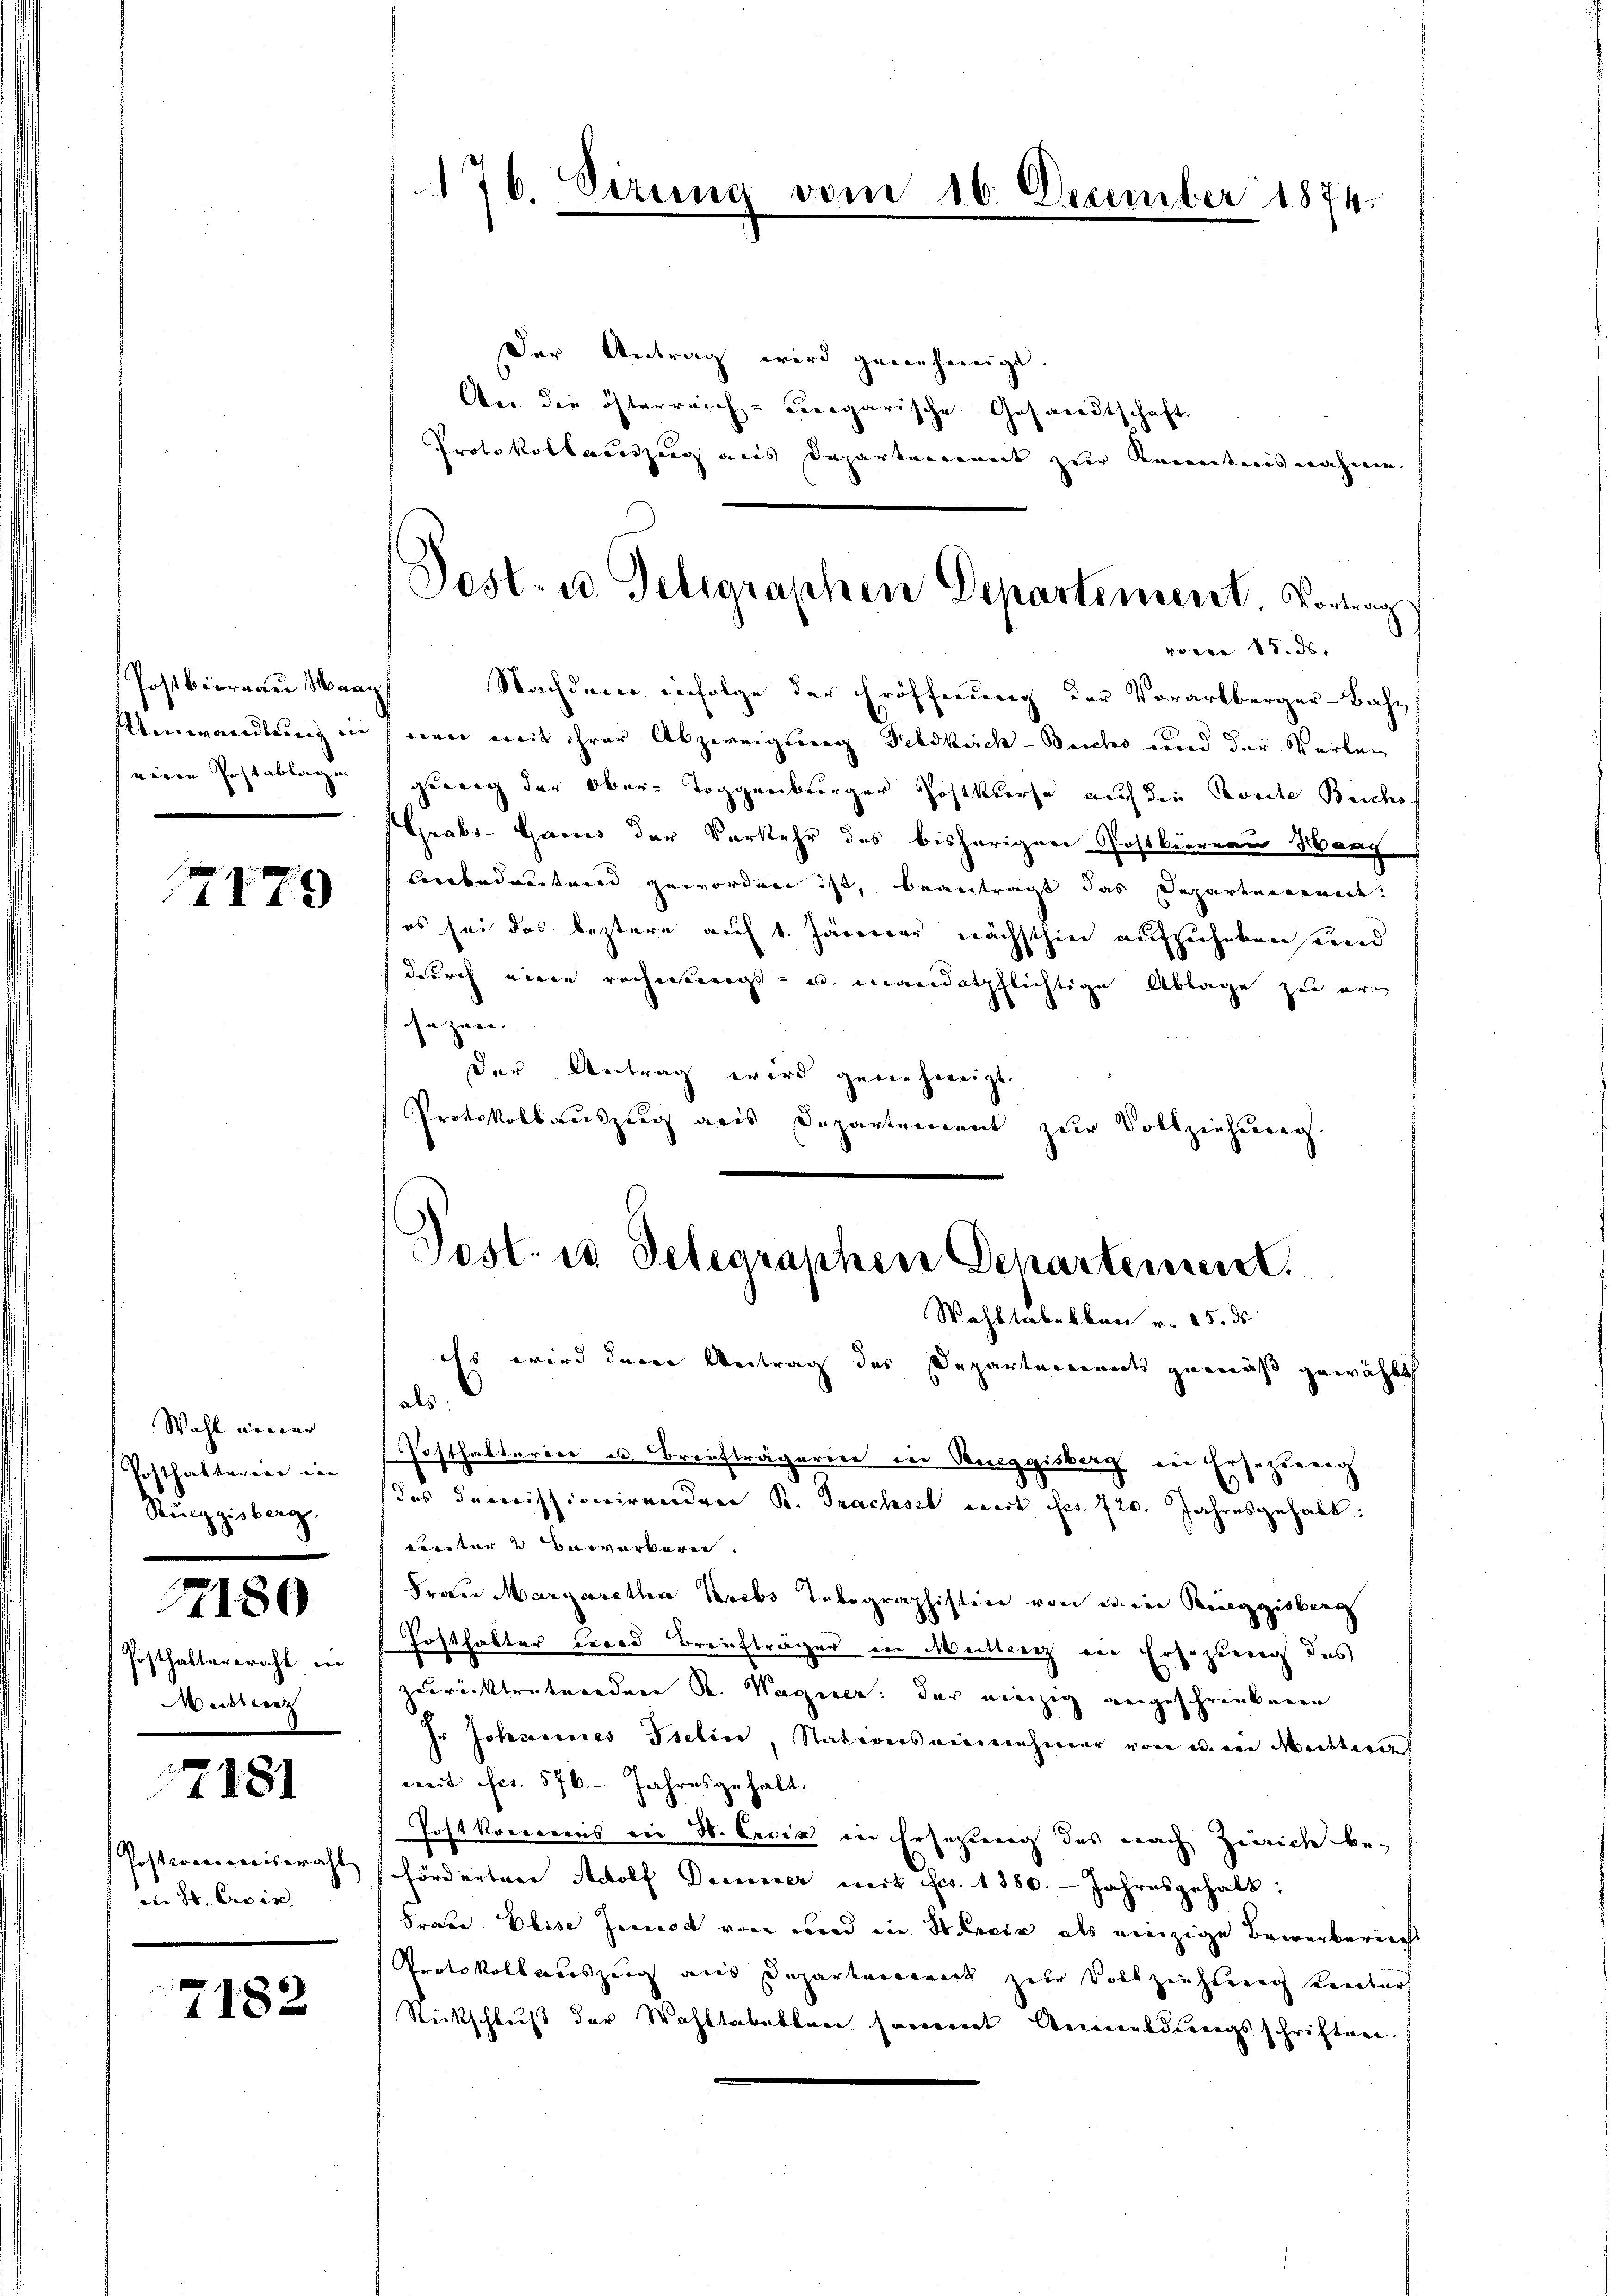
Postbüreau Maag
Umwandlung in
weren Postablagen

179

Wahl einer
Posthalterere in
Rueggisberg.

1.

6

Posthalterbracht in
Meisterez

17181

86. Croix,

7182

176. Sizung

ven

16. Dezember 1874.

Der Antrag wird genehmigt.
An die österreich ergarische Gesandtschaft.
Protokollauszug aus Deparkennet zur Kenntnisnahme

Nachdeme infolge der Eröffnung der Vorarlberger-Bahn
wen mit ihrer Abzereigung Feldkirch- Sechs und der Warten
gerung der Ober-Toggenburger Postkurse auch die Beriche Beichs
Grabs-Gamus der Verkehr des bisherigen Postkureau Hang
Cerobedvertrend geworden ist, beantragt das Departemende.
(es sei das bestern auf 1. Jänner nächsthin aufzuheben seind
durch eine rechnungs- und mandatpflichtige Ablage zu ersezen.
der Antrag wird genehmigt.
Protokollauszug aus Departement zur Vollziehung

Post- u. Telegraphen Departement. Vortrag
ronen S. 5. ds.

Post. in Telegraphen Departement.
Wahltabelben v. 15. ds.

Es wird davon Beitrag des Departaneinets gemäß gewählt
als:
Posthalterin u. Briefträgerinn der Rueggisberg in Ersezung
des domissionirenden R. Trachsel mit Fr. 720. Jahresgehalt:
eunter 3 Bewerkeren.
Frau Margaretha Krebs Tubegraphistire von u. ein Reggisberg
Posthalter bered Braufträger in Meillen ein Ersezung des
zuurücktratuordnen R. Wagener, der einzig angeschränken
Ir Johannes Iseline, Nationsniennehmer von einer Meisterer
weit fes. 576. Jahresgehalt.
Post koncennis ein H. Excia in Ersatzung das nach Zerreiche be¬
Postverweiseraht hördertner Adolf Deiner mit Fr. 1380. Jahresgehalt:
Frau Elise Jemod von und in Stecir als einzige Bewerberint
Protokollauszug aus Departarerweck zur Vollziehung Kenters
Rickschluß der Wohltabellen saverrent Anmeldungsschriften.